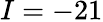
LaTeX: I=-21